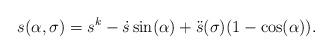
LaTeX: \begin{align*}s(\alpha,\sigma) = s^k - \dot{s}\sin(\alpha)+\ddot{s}(\sigma) (1-\cos(\alpha)).\end{align*}